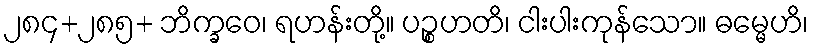
၂၈၄+၂၈၅+ ဘိက္ခဝေ၊ ရဟန်းတို့။ ပဉ္စဟတိ၊ ငါးပါးကုန်သော။ ဓမ္မေဟိ၊